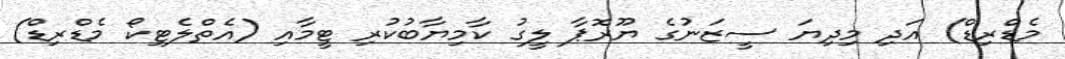
މެޑްރިޑް) އަދި މިދިޔަ ސީޒަނުގެ ޔޫރޮޕާ ލީގު ކާމިޔާބުކުރި ޓީމާއި (އެތްލެޓިކޯ މެޑްރިޑް)